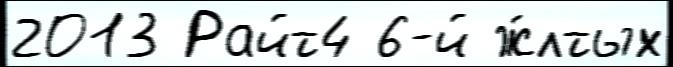
2013 Райт4 6-й ж́лтых